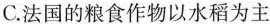
C. 法国的粮食作物以水稻为主